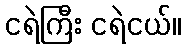
ငရဲကြီး ငရဲငယ်။